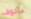
مألوف